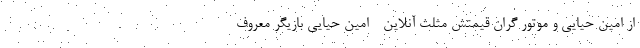
از امین حیایی و موتور گران قیمتش مثلث آنلاین - امین حیایی بازیگر معروف